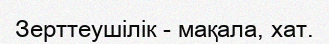
Зерттеушілік - мақала, хат.